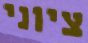
ציוני